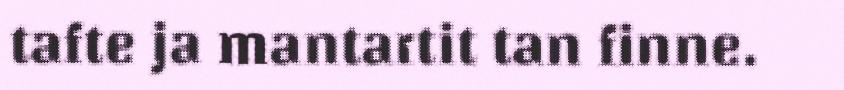
tafte ja mantartit tan finne.